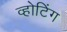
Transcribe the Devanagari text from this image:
व्होटिंग